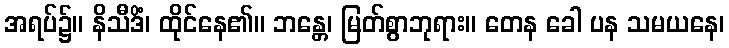
အရပ်၌။ နိသီဒိံ၊ ထိုင်နေ၏။ ဘန္တေ၊ မြတ်စွာဘုရား။ တေန ခေါ ပန သမယနေ၊